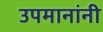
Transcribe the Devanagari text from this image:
उपमानांनी